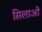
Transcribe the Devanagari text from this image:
सिलाओ